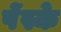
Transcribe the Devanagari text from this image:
पेंस्के